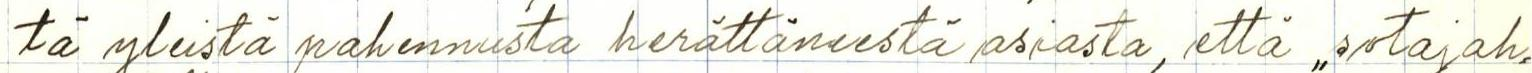
tä yleistä pahennusta herättäneestä asiasta, että ,,sotajah=